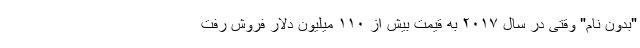
"بدون نام" وقتی در سال ۲۰۱۷ به قیمت بیش از ۱۱۰ میلیون دلار فروش رفت